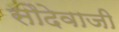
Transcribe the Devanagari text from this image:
सौदेवाजी